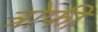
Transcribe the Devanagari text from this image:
त्रोफी